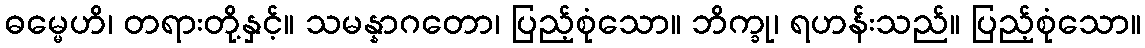
ဓမ္မေဟိ၊ တရားတို့နှင့်။ သမန္နာဂတော၊ ပြည့်စုံသော။ ဘိက္ခု၊ ရဟန်းသည်။ ပြည့်စုံသော။